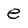
Character: e